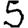
Digit: 5